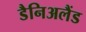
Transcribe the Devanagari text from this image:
डैनिअलैंड